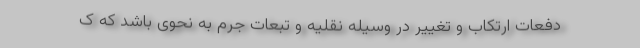
دفعات ارتکاب و تغییر در وسیله نقلیه و تبعات جرم به نحوی باشد که ک